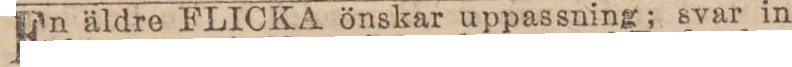
En äldre FLICKA önskar uppassning; svar in